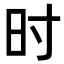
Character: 时